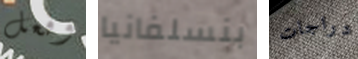
وفعل بنسلفانيا دراجات